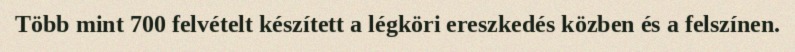
Több mint 700 felvételt készített a légköri ereszkedés közben és a felszínen.